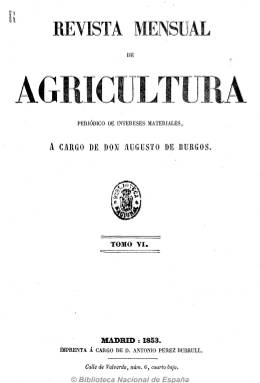
Título: Revista mensual de agricultura (1853)
Otros títulos: Cultivo y ganadería
Colección: Agricultura y ganadería
Ámbito geográfico: Madrid
Lugar de publicación: Madrid
Fechas: 01/01/1853-31/12/1853

Es continuación de Revista semanal de agricultura (1851-1852), cuando las entregas de la publicación que fundara en 1850 y sigue a cargo del escritor y periodista especializado en esta materia Augusto de Burgos (1813-) aparecen de nuevo cada mes, con aumento de su número de páginas, formando el tomo VI de la colección, con un total de 284, más dos de índice de materias, al final, y que corresponden al primer semestre de 1853.

La publicación sigue manteniendo la misma estructura formal, con una composición tipográfica a dos columnas y presentando sus contenidos en secciones: Agricultura y economía rural, Industria y comercio, Parte oficial, Noticias y variedades y Sección oficial, dedicada esta íntegramente a la Asociación General de Ganaderos, de la que se había convertido en órgano oficial de prensa. No se advierte que estas entregas inserten figura o grabado alguno entre sus textos.

Augusto de Burgos, autor también de manuales y algún diccionario sobre esta materia, indica en la introducción de este tomo que su plan es seguir difundiendo conocimientos, “en cuya falta vemos el mayor obstáculo al desarrollo de la agricultura española, y por tanto de su riqueza”. Añade estar convencido “cada día más de que a nuestros labradores falta protección” y que seguirá abogando sin descanso “por la instrucción de la clase labradora”, para lo que dice seguir contando “con el concurso de un número cada día mayor de hombres de ilustración”. Es de señalar que la difusión de la revista estaría destinada a los medianos y grandes propietarios agrícolas, además de a otras clases cultas de las administraciones, en concreto de los ámbitos municipal, académico, técnico y político.

Sigue publicando artículos, informes, estudios y memorias sobre aspectos técnicos y divulgativos de agricultura y ganadería, cultivos, cosechas, riegos, canalizaciones, mecanización, enseñanza agronómica, minería o ferrocarril, entre otros, referidos tanto a España y sus provincias como a otros países, además de ofrecer la normativa legal que se va dictando por los poderes públicos sobre estos asuntos.

A partir de agosto la revista cambia de nuevo su título, en este caso se denominará Fomento, que también forma parte de la colección digitalizada de la Biblioteca Nacional de España.